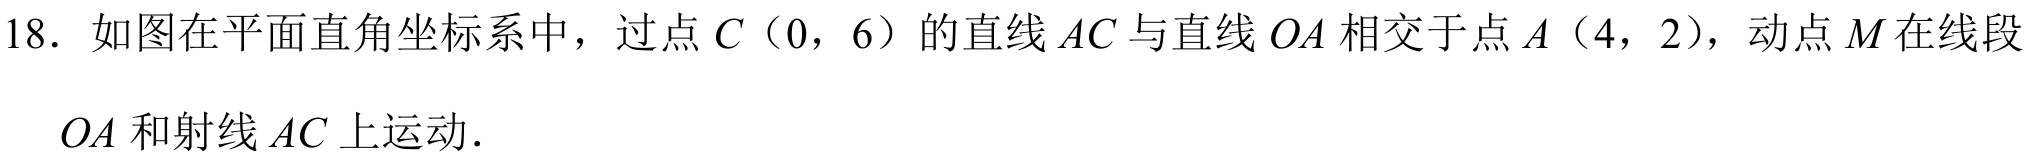
18. 如图在平面直角坐标系中，过点\(C（0，6）\)的直线\(AC\)与直线\(OA\)相交于点\(A（4，2）\)，动点\(M\)在线段\(OA\)和射线\(AC\)上运动.